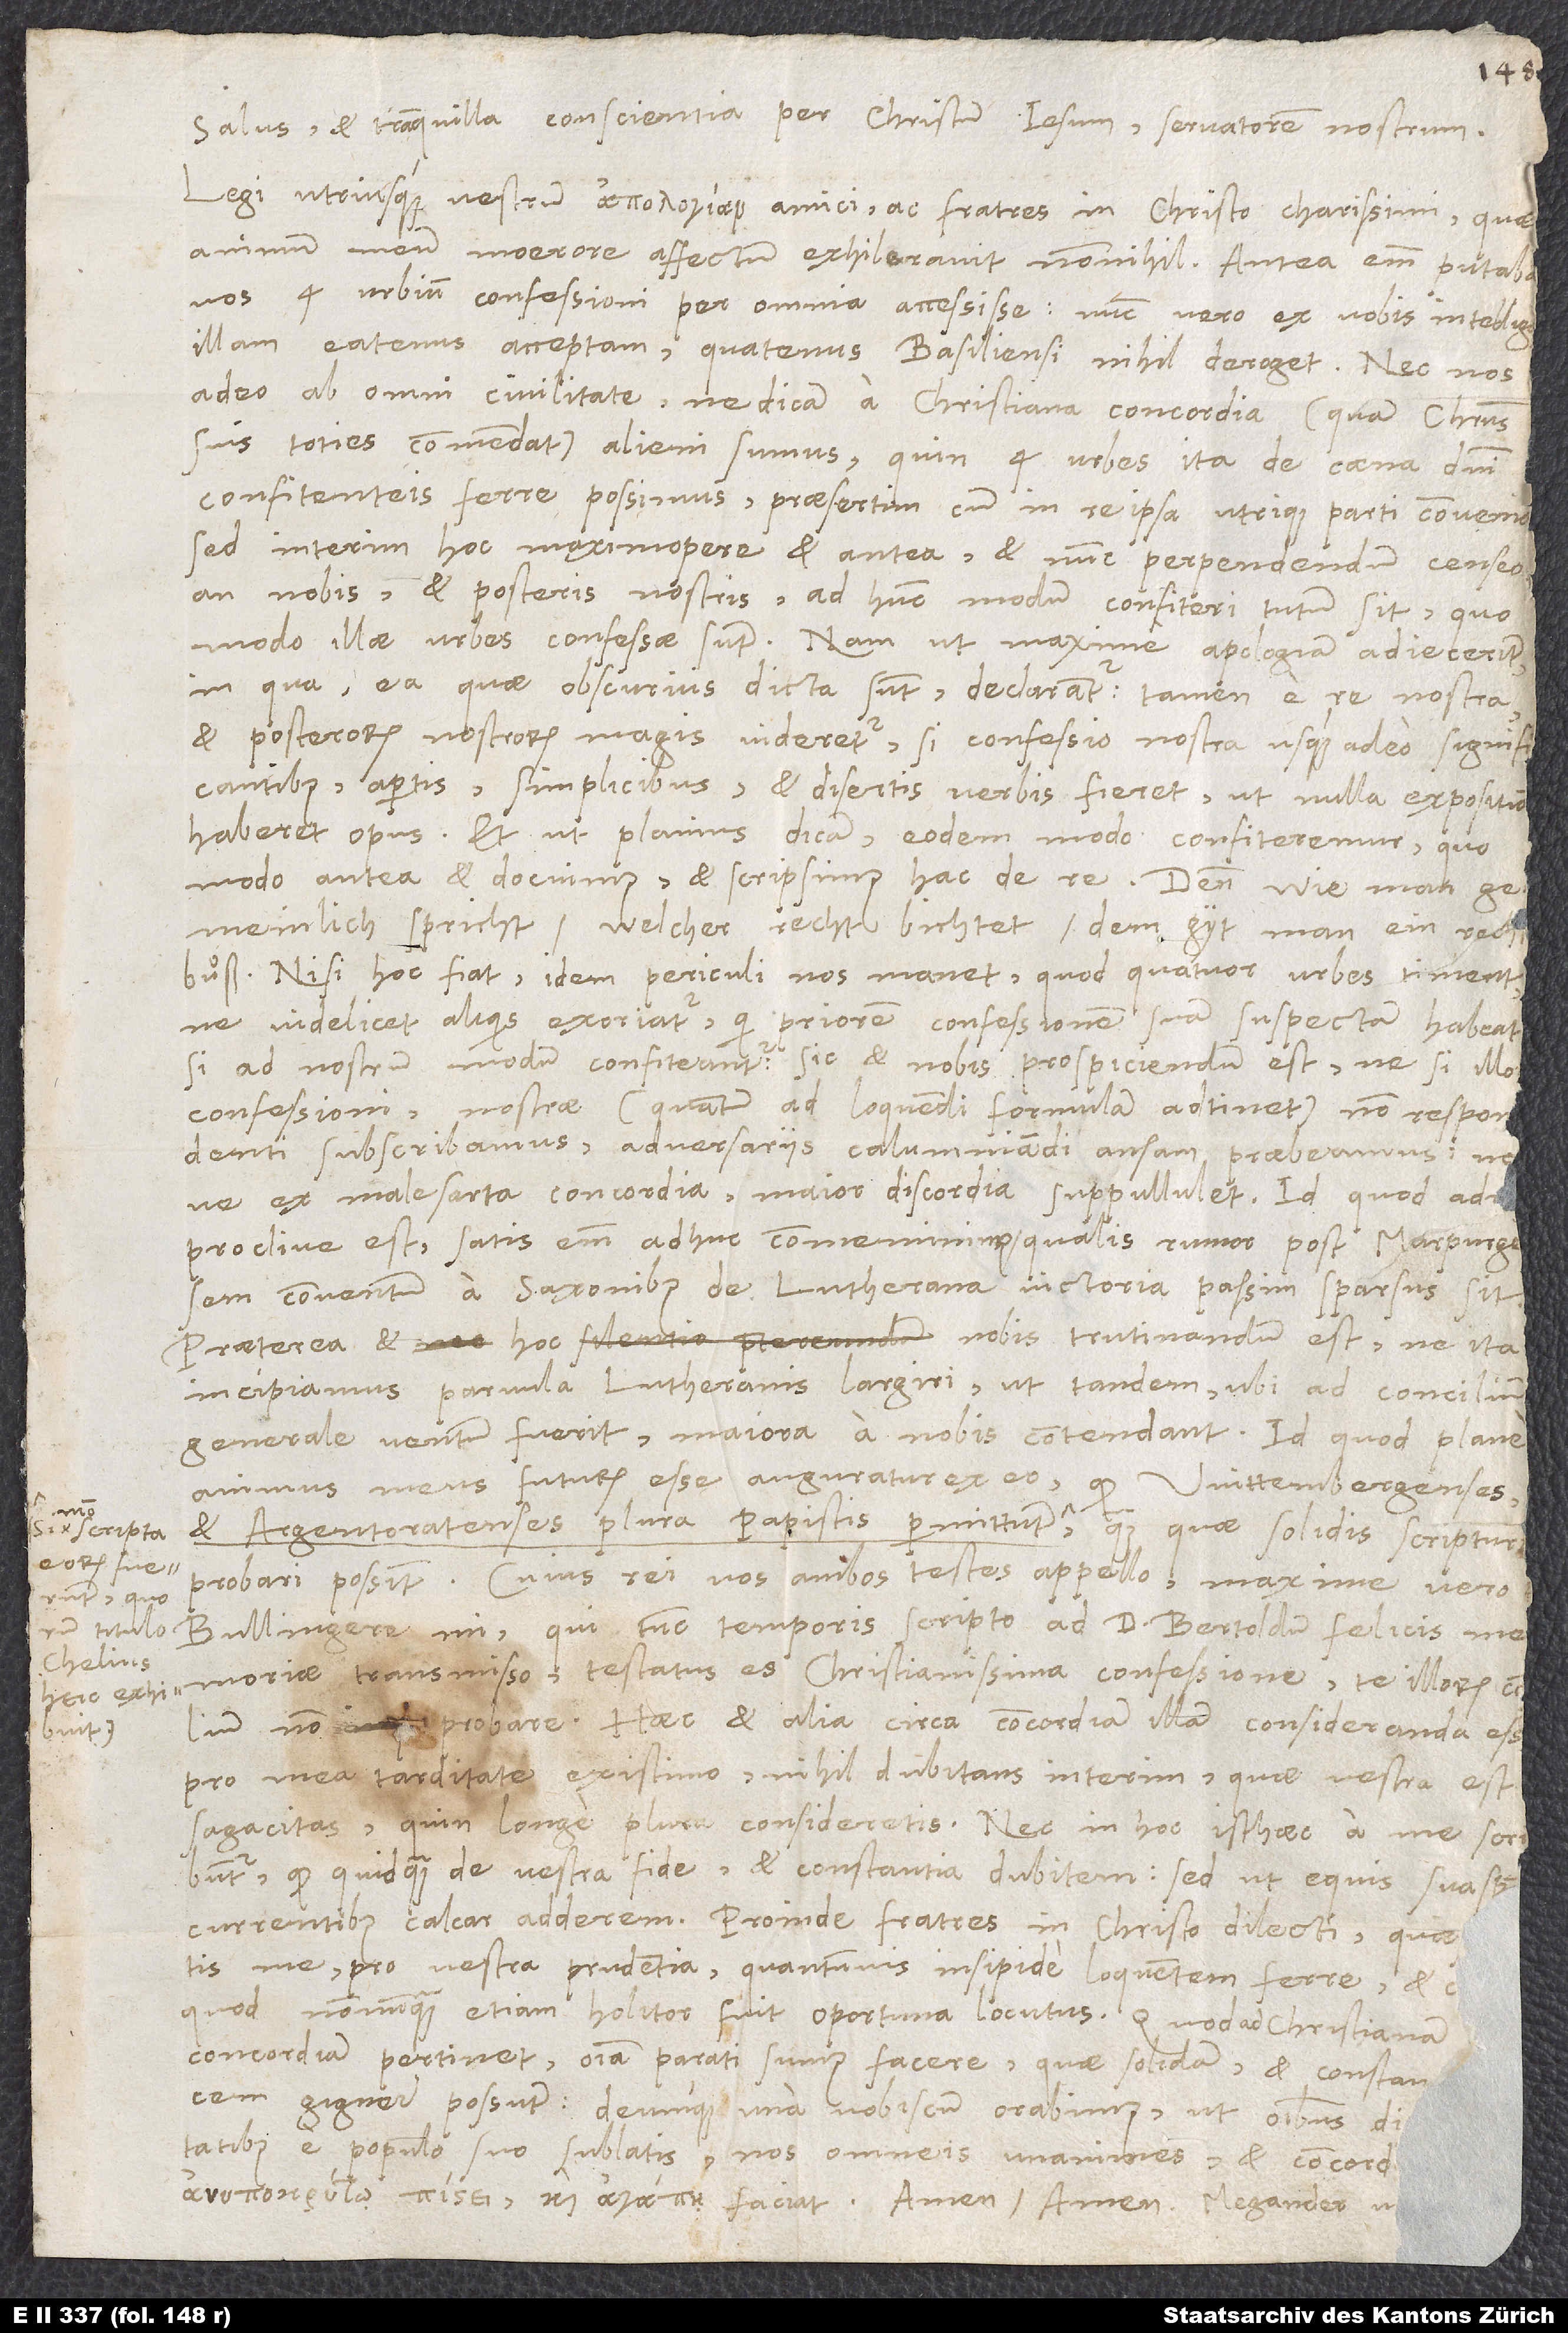
quo

Salus et tranquilla conscientia per Christum Iesum, servatorem nostrum.
Legi utriusque vestrum , amici ac fratres in Christo charissimi, quae
animum meum moerore affectum exhilaravit nonnihil. Antea enim putaba
faciat. Amen. Amen. Megander una